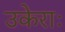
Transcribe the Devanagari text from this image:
उकेराः